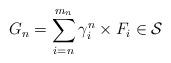
LaTeX: \begin{align*}G_{n}=\sum_{i=n}^{m_{n}}\gamma _{i}^{n}\times F_{i}\in \mathcal{S}\end{align*}